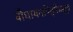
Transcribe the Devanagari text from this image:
बौधायनपितृमेधसूत्र